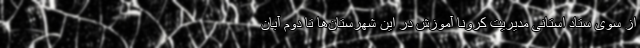
از سوی ستاد استانی مدیریت کرونا آموزش در این شهرستان‌ها تا دوم آبان